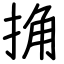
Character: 捔